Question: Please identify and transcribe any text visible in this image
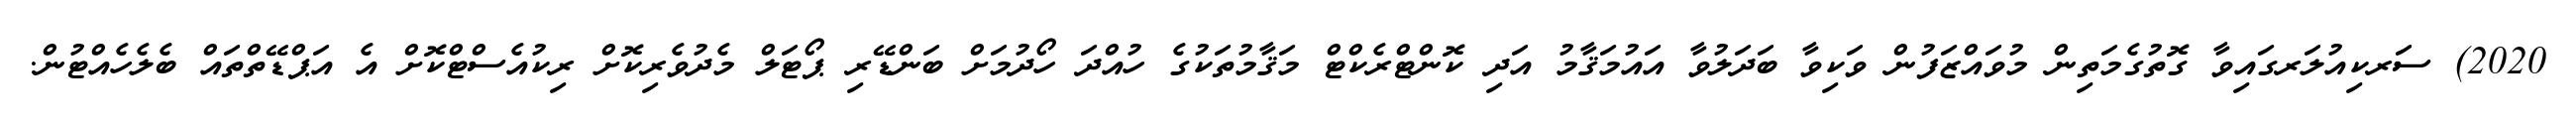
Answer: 2020) ސަރކިއުލަރގައިވާ ގޮތުގެމަތިން މުވައްޒަފުން ވަކިވާ ބަދަލުވާ އައުމަޤާމު އަދި ކޮންޓްރެކްޓް މަޤާމުތަކުގެ ހުއްދަ ހޯދުމަށް ބަންޑޭރި ޕޯޓަލް މެދުވެރިކޮށް ރިކުއެސްޓްކޮށް އެ އަޕްޑޭތްތައް ބެލެހެއްޓުން.